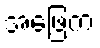
အဖြေက